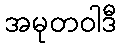
အမုတဝါဒီ